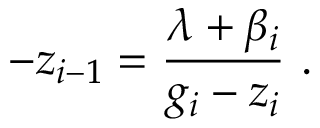
- z _ { i - 1 } = \frac { \lambda + \beta _ { i } } { g _ { i } - z _ { i } } ~ .